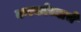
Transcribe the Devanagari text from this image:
करकोच्याचे